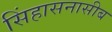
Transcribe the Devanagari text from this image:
सिंहासनासीब